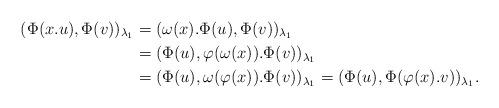
LaTeX: \begin{align*}(\Phi(x.u), \Phi(v))_{\lambda_1}&=(\omega(x).\Phi(u), \Phi(v))_{\lambda_1}\\&=(\Phi(u), \varphi(\omega(x)).\Phi(v))_{\lambda_1}\\&=(\Phi(u), \omega(\varphi(x)).\Phi(v))_{\lambda_1}=(\Phi(u), \Phi(\varphi (x).v))_{\lambda_1}. \end{align*}